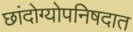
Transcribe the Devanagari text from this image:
छांदोग्योपनिषदात